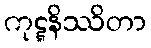
ကုဋ္ဋနိဿိတာ